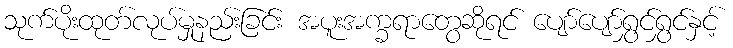
သုက်ပိုးထုတ်လုပ်မှုနည်းခြင်း အပူးအက္ခရာတွေဆိုရင် ပျော်ပျော်ရွှင်ရွှင်နှင့်